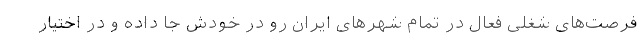
فرصت‌های شغلی فعال در تمام شهرهای ایران رو در خودش جا داده و در اختیار